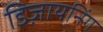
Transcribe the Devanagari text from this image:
डिज़ायनिंग